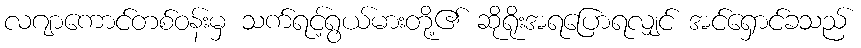
လဂျာကောင်တစ်ဝန်းမှ သက်ရင့်ရွယ်မားတို့၏ ဆိုရိုးအရပြောရလျှင် အင်ရှောင်ခသည်